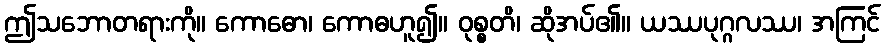
ဤသဘောတရားကို။ ကောဓော၊ ကောဓဟူ၍။ ဝုစ္စတိ၊ ဆိုအပ်၏။ ယဿပုဂ္ဂလဿ၊ အကြင်